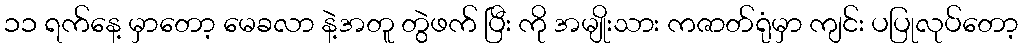
၁၁ ရက်နေ့ မှာတော့ မေခလာ နဲ့အတူ တွဲဖက် ပြီး ကို အမျိုးသား ကဇာတ်ရုံမှာ ကျင်း ပပြုလုပ်တော့